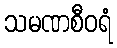
သမဏစီဝရံ